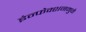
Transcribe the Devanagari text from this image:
इंन्फेक्शनमुळे